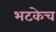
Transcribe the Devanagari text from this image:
भटकेच